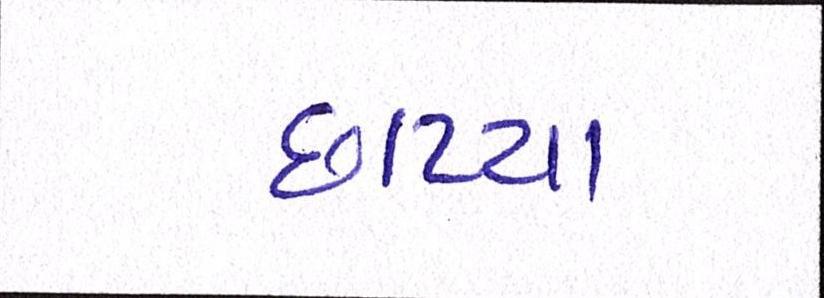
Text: છાપ્યા